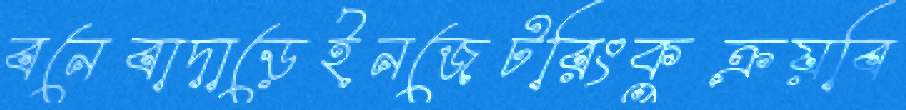
বনেবাদাড়েইনজেটরিংকুক্রয়বি